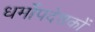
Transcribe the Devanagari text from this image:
धर्मोपदेशकों